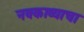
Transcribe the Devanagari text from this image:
नवकाव्याचा